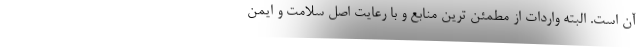
آن است. البته واردات از مطمئن ترین منابع و با رعایت اصل سلامت و ایمن